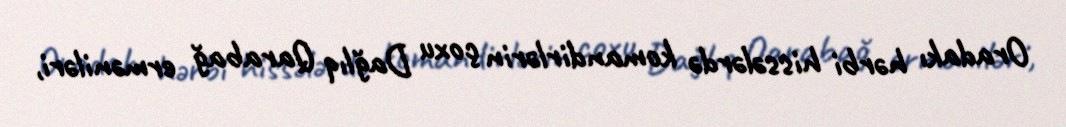
Oradakı hərbi hissələrdə komandirlərin çoxu Dağlıq Qarabağ erməniləri,